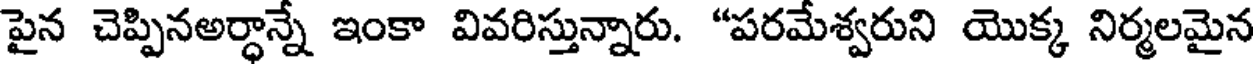
పైన చెప్పినఅర్ధాన్నే ఇంకా వివరిస్తున్నారు. "పరమేశ్వరుని యొక్క నిర్మలమైన